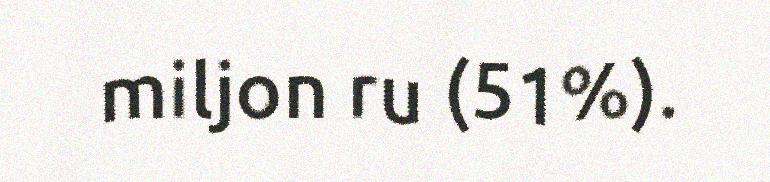
miljon ru (51%).